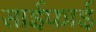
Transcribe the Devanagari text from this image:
साईफाई